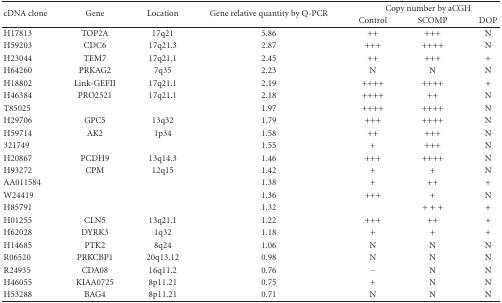
<table><thead><tr><td rowspan="2"><b> cDNA clone</b></td><td rowspan="2"><b>Gene</b></td><td rowspan="2"><b>Location</b></td><td rowspan="2"><b>Gene relative quantity by Q-PCR</b></td><td colspan="3"><b>Copy number by aCGH</b></td></tr><tr><td><b>Control</b></td><td><b>SCOMP</b></td><td><b>DOP</b></td></tr></thead><tbody><tr><td>H17813</td><td>TOP2A</td><td>17q21</td><td>5.86</td><td>++</td><td>+++</td><td>N</td></tr><tr><td>H59203</td><td>CDC6</td><td>17q21.3</td><td>2.87</td><td>+++</td><td>++++</td><td>N</td></tr><tr><td>H23044</td><td>TEM7</td><td>17q21.1</td><td>2.45</td><td>++</td><td>+++</td><td>+</td></tr><tr><td>H64260</td><td>PRKAG2</td><td>7q35</td><td>2.23</td><td>N</td><td>N</td><td>N</td></tr><tr><td>H18802</td><td>Link-GEFII</td><td>17q21.1</td><td>2.19</td><td>++++</td><td>++++</td><td>+</td></tr><tr><td>H46384</td><td>PRO2521</td><td>17q21.1</td><td>2.18</td><td>++++</td><td>++</td><td>N</td></tr><tr><td>T85025</td><td></td><td></td><td>1.97</td><td>++++</td><td>++++</td><td>N</td></tr><tr><td>H29706</td><td>GPC5</td><td>13q32</td><td>1.79</td><td>+++</td><td>++++</td><td>N</td></tr><tr><td>H59714</td><td>AK2</td><td>1p34</td><td>1.58</td><td>++</td><td>+++</td><td>N</td></tr><tr><td>321749</td><td></td><td></td><td>1.55</td><td>+</td><td>+++</td><td>N</td></tr><tr><td>H20867</td><td>PCDH9</td><td>13q14.3</td><td>1.46</td><td>+++</td><td>++++</td><td>N</td></tr><tr><td>H93272</td><td>CPM</td><td>12q15</td><td>1.42</td><td>+</td><td>+</td><td>N</td></tr><tr><td>AA011584</td><td></td><td></td><td>1.38</td><td>+</td><td>++</td><td>+</td></tr><tr><td>W24419</td><td></td><td></td><td>1.36</td><td>+++</td><td>+</td><td>N</td></tr><tr><td>H85791</td><td></td><td></td><td>1.32</td><td></td><td>+ + +</td><td>+</td></tr><tr><td>H01255</td><td>CLN5</td><td>13q21.1</td><td>1.22</td><td>+++</td><td>++</td><td>+</td></tr><tr><td>H62028</td><td>DYRK3</td><td>1q32</td><td>1.18</td><td>+</td><td>+</td><td>+</td></tr><tr><td>H14685</td><td>PTK2</td><td>8q24</td><td>1.06</td><td>N</td><td>N</td><td>N</td></tr><tr><td>R06520</td><td>PRKCBP1</td><td>20q13.12</td><td>0.98</td><td>N</td><td>N</td><td>N</td></tr><tr><td>R24935</td><td>CDA08</td><td>16q11.2</td><td>0.76</td><td>−</td><td>N</td><td>N</td></tr><tr><td>H46055</td><td>KIAA0725</td><td>8p11.21</td><td>0.75</td><td>+</td><td>N</td><td>N</td></tr><tr><td>H53288</td><td>BAG4</td><td>8p11.21</td><td>0.71</td><td>N</td><td>N</td><td>N</td></tr></tbody></table>